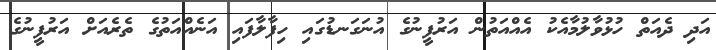
އަދި ދެއަތް ހުޅުވާލުމާއެކު އެއްއަތުން އަރުފީނުގެ އުނަގަނޑުގައި ހިފާލާފައި އަނެއްއަތުގެ ތެރެއަށް އަރުފީނުގެ